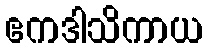
ဧကဒါသိကာယ